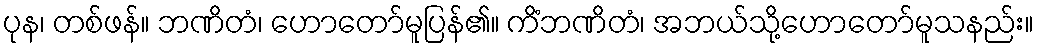
ပုန၊ တစ်ဖန်။ ဘဏိတံ၊ ဟောတော်မူပြန်၏။ ကိံဘဏိတံ၊ အဘယ်သို့ဟောတော်မူသနည်း။